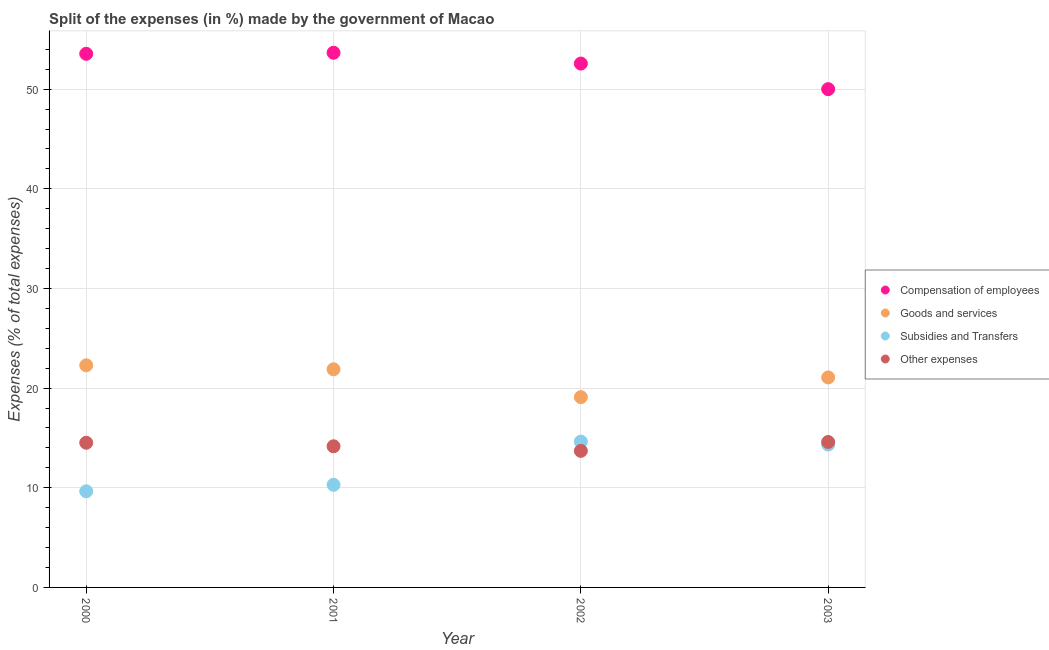
| Year | Compensation of employees | Goods and services | Subsidies and Transfers | Other expenses |
 | --- | --- | --- | --- | --- |
 | 2000 | 53.5 | 22.3 | 9.65 | 14.5 |
 | 2001 | 53.7 | 21.9 | 10.3 | 14.2 |
 | 2002 | 52.6 | 19.1 | 14.6 | 13.7 |
 | 2003 | 50 | 21.1 | 14.3 | 14.6 |